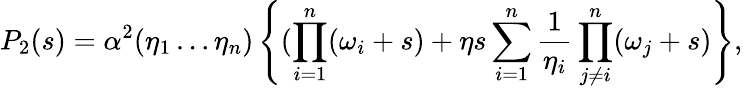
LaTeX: P_{2}(s)=\alpha^{2}(\eta_{1}\ldots\eta_{n})\left\{ (\prod_{i=1}^{n}(\omega_{i}+s)+\eta s\sum_{i=1}^{n}\frac{1}{\eta_{i}}\prod_{j\ne i}^{n}(\omega_{j}+s)\right\} ,